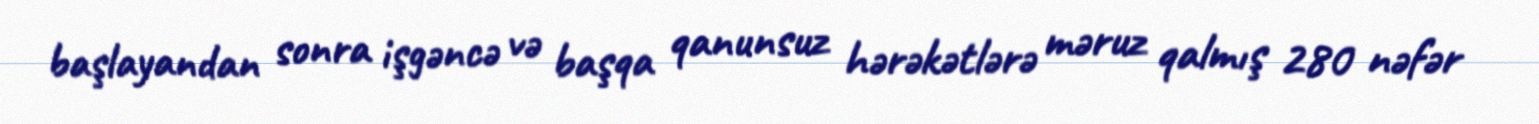
başlayandan sonra işgəncə və başqa qanunsuz hərəkətlərə məruz qalmış 280 nəfər